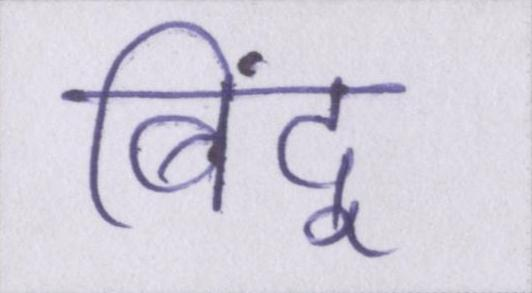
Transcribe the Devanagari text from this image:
बिंदू